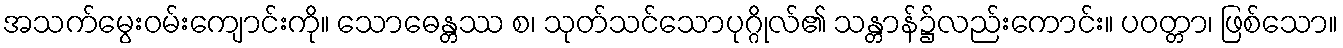
အသက်မွေးဝမ်းကျောင်းကို။ သောဓေန္တဿ စ၊ သုတ်သင်သောပုဂ္ဂိုလ်၏ သန္တာန်၌လည်းကောင်း။ ပဝတ္တာ၊ ဖြစ်သော။